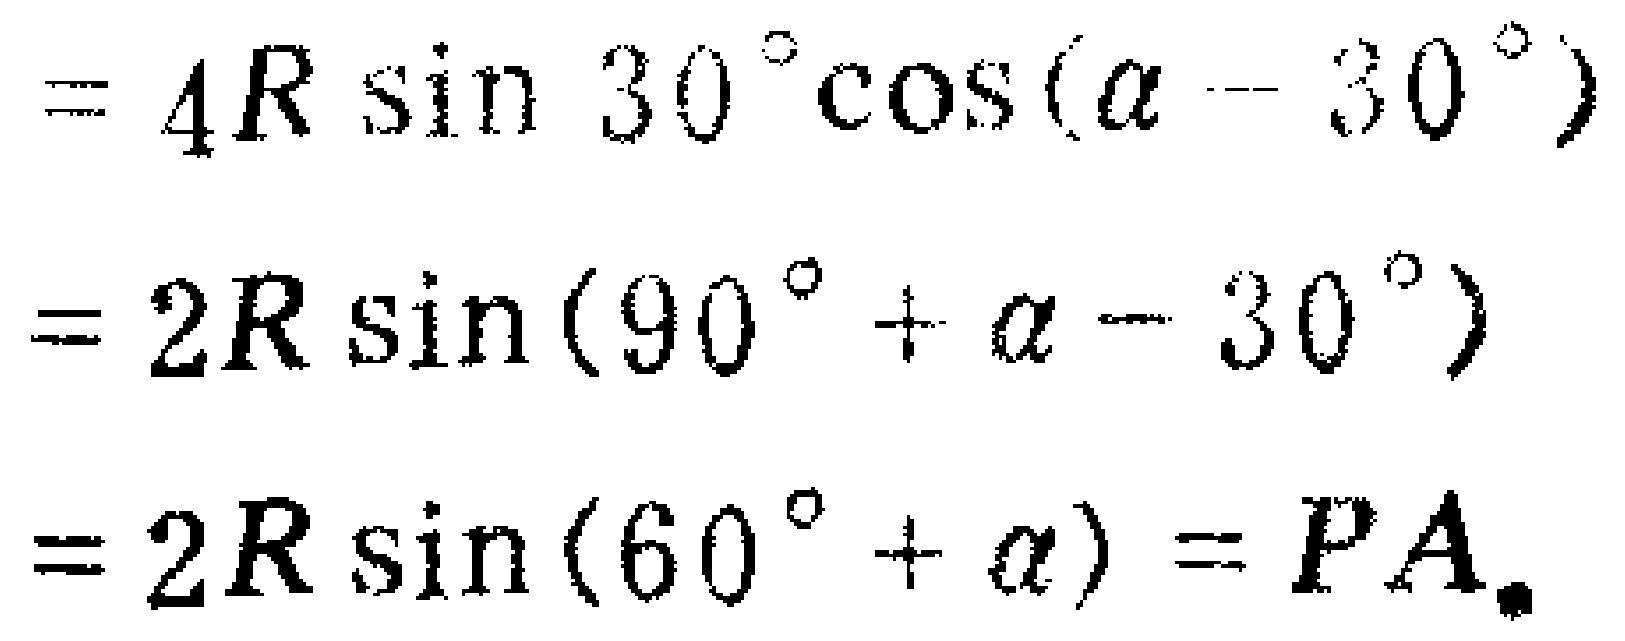
\[
\begin{align*}
&= 4R\sin30^{\circ}\cos(\alpha - 30^{\circ})\\
&= 2R\sin(90^{\circ}+\alpha - 30^{\circ})\\
&= 2R\sin(60^{\circ}+\alpha)=PA.
\end{align*}
\]